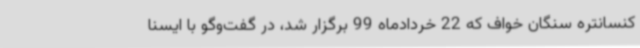
کنسانتره سنگان خواف که 22 خردادماه 99 برگزار شد، در گفت‌وگو با ایسنا